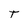
Character: T